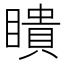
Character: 瞶